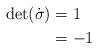
LaTeX: \begin{align*}\det (\dot{\sigma})&=1\,\,\,\\&=-1\,\,\,\end{align*}